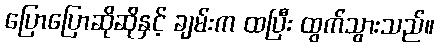
ပြောပြောဆိုဆိုနှင့် ချမ်းက ထပြီး ထွက်သွားသည်။